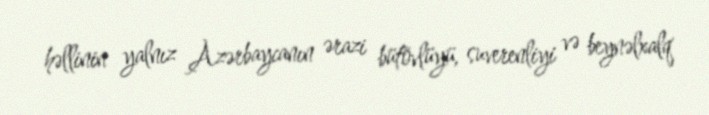
həllinin yalnız Azərbaycanın ərazi bütövlüyü, suverenliyi və beynəlxalq